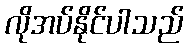
လိုအပ်နိုင်ပါသည်